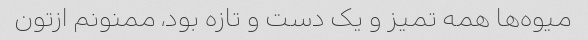
میوه‌ها همه تمیز و یک دست و تازه بود، ممنونم ازتون